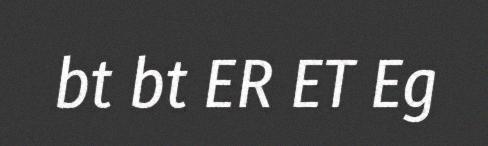
bt bt ER ET Eg